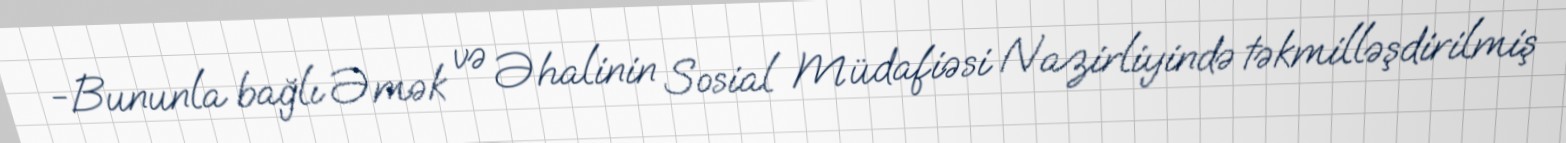
-Bununla bağlı Əmək və Əhalinin Sosial Müdafiəsi Nazirliyində təkmilləşdirilmiş